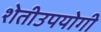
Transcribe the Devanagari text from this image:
शेतीउपयोगी